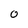
Character: 0